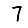
Digit: 7